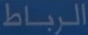
الرباط